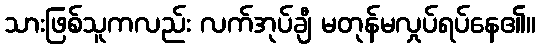
သားဖြစ်သူကလည်း လက်အုပ်ချီ မတုန်မလှုပ်ရပ်နေ၏။